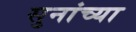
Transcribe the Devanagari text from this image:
सुनांच्या